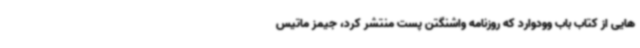
هایی از کتاب باب وودوارد که روزنامه واشنگتن پست منتشر کرد، جیمز ماتیس